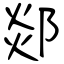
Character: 郯